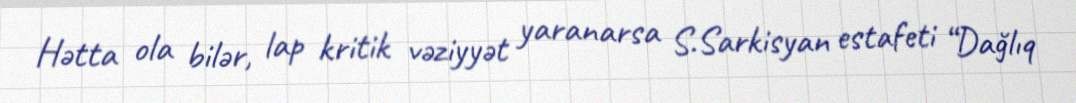
Hətta ola bilər, lap kritik vəziyyət yaranarsa S.Sarkisyan estafeti “Dağlıq